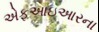
એફઆઇઆરના